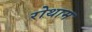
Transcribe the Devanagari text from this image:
रोथाम